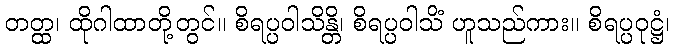
တတ္ထ၊ ထိုဂါထာတို့တွင်။ စိရပ္ပဝါသိန္တိ၊ စိရပ္ပဝါသိံ ဟူသည်ကား။ စိရပ္ပဝုဋ္ဌံ၊